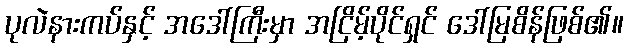
ပုလဲနားကပ်နှင့် အဒေါ်ကြီးမှာ အငြိမ့်ပိုင်ရှင် ဒေါ်မြစိန်ဖြစ်၏။